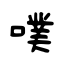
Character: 噗